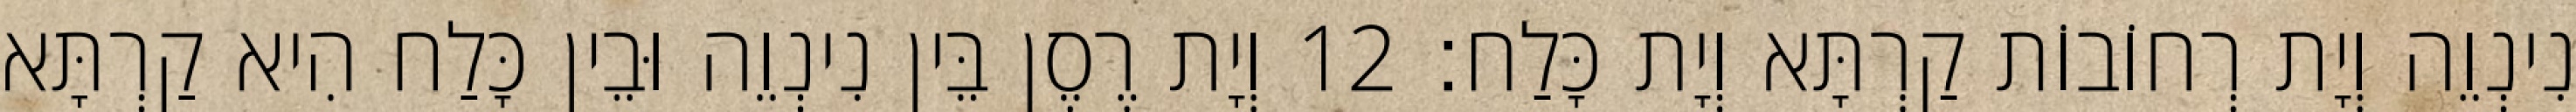
נִינְוֵה וְיָת רְחוֹבוֹת קַרְתָּא וְיָת כָּלַח׃ 12 וְיָת רֶסֶן בֵּין נִינְוֵה וּבֵין כָּלַח הִיא קַרְתָּא